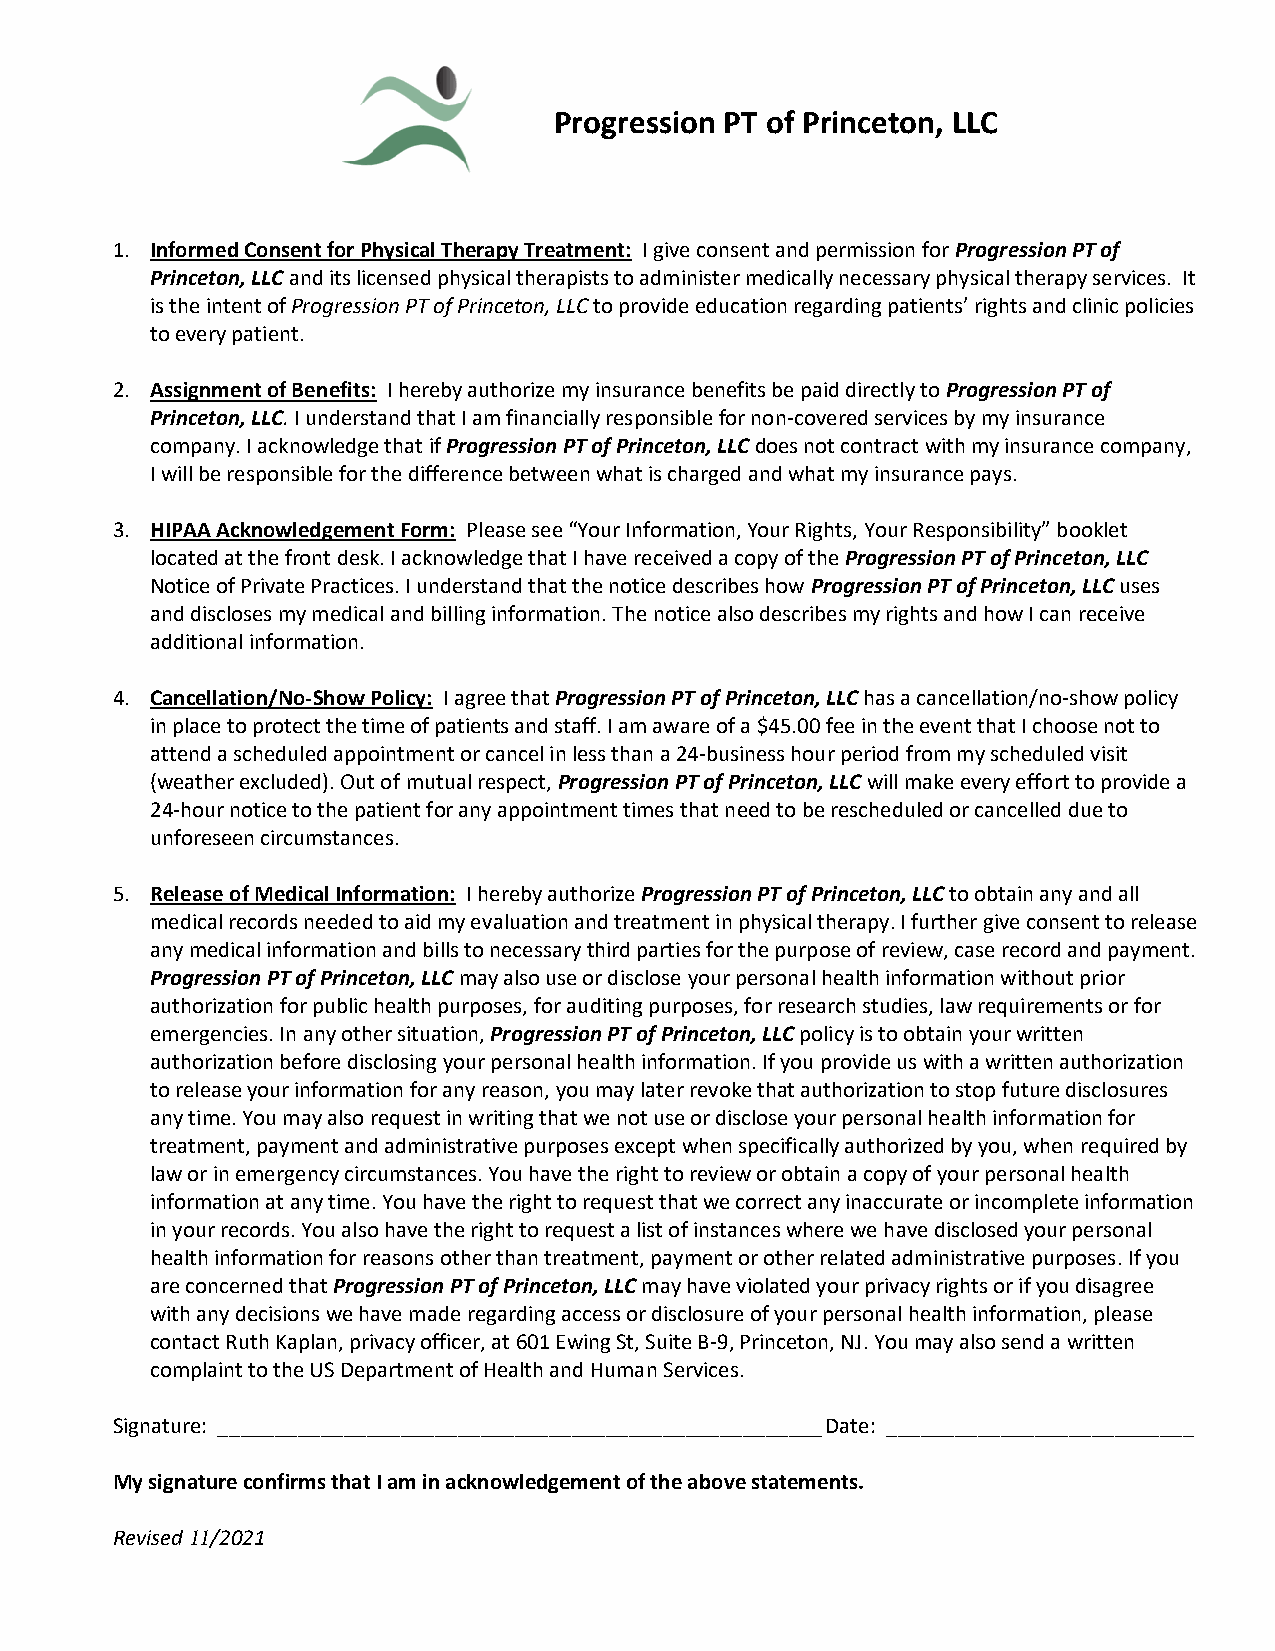
Progression PT of Princeton, LLC
 1. Informed Consent for Physical Therapy Treatment: I give consent and permission for Progression PT of
 Princeton, LLC and its licensed physical therapists to administer medically necessary physical therapy services. It
 is the intent of Progression PT of Princeton, LLC to provide education regarding patients’ rights and clinic policies
 to every patient.
 2. Assignment of Benefits: I hereby authorize my insurance benefits be paid directly to Progression PT of
 Princeton, LLC. I understand that I am financially responsible for non-covered services by my insurance
 company. I acknowledge that if Progression PT of Princeton, LLC does not contract with my insurance company,
 I will be responsible for the difference between what is charged and what my insurance pays.
 3. HIPAA Acknowledgement Form: Please see “Your Information, Your Rights, Your Responsibility” booklet
 located at the front desk. I acknowledge that I have received a copy of the Progression PT of Princeton, LLC
 Notice of Private Practices. I understand that the notice describes how Progression PT of Princeton, LLC uses
 and discloses my medical and billing information. The notice also describes my rights and how I can receive
 additional information.
 4. Cancellation/No-Show Policy: I agree that Progression PT of Princeton, LLC has a cancellation/no-show policy
 in place to protect the time of patients and staff. I am aware of a $45.00 fee in the event that I choose not to
 attend a scheduled appointment or cancel in less than a 24-business hour period from my scheduled visit
 (weather excluded). Out of mutual respect, Progression PT of Princeton, LLC will make every effort to provide a
 24-hour notice to the patient for any appointment times that need to be rescheduled or cancelled due to
 unforeseen circumstances.
 5. Release of Medical Information: I hereby authorize Progression PT of Princeton, LLC to obtain any and all
 medical records needed to aid my evaluation and treatment in physical therapy. I further give consent to release
 any medical information and bills to necessary third parties for the purpose of review, case record and payment.
 Progression PT of Princeton, LLC may also use or disclose your personal health information without prior
 authorization for public health purposes, for auditing purposes, for research studies, law requirements or for
 emergencies. In any other situation, Progression PT of Princeton, LLC policy is to obtain your written
 authorization before disclosing your personal health information. If you provide us with a written authorization
 to release your information for any reason, you may later revoke that authorization to stop future disclosures
 any time. You may also request in writing that we not use or disclose your personal health information for
 treatment, payment and administrative purposes except when specifically authorized by you, when required by
 law or in emergency circumstances. You have the right to review or obtain a copy of your personal health
 information at any time. You have the right to request that we correct any inaccurate or incomplete information
 in your records. You also have the right to request a list of instances where we have disclosed your personal
 health information for reasons other than treatment, payment or other related administrative purposes. If you
 are concerned that Progression PT of Princeton, LLC may have violated your privacy rights or if you disagree
 with any decisions we have made regarding access or disclosure of your personal health information, please
 contact Ruth Kaplan, privacy officer, at 601 Ewing St, Suite B-9, Princeton, NJ. You may also send a written
 complaint to the US Department of Health and Human Services.
 Signature: _____________________________________________________ Date: ___________________________
 My signature confirms that I am in acknowledgement of the above statements.
 Revised 11/2021